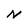
Character: N